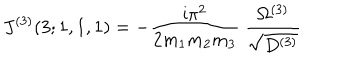
J ^ { ( 3 ) } ( 3 ; 1 , 1 , 1 ) = - \frac { \mathrm { i } \pi ^ { 2 } } { 2 m _ { 1 } m _ { 2 } m _ { 3 } } \; \frac { \Omega ^ { ( 3 ) } } { \sqrt { D ^ { ( 3 ) } } }